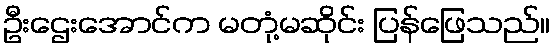
ဦးဌေးအောင်က မတုံ့မဆိုင်း ပြန်ဖြေသည်။